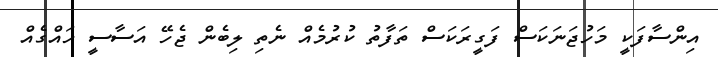
އިންސާފަކީ މަހުޖަނަކަސް ފަގީރަކަސް ތަފާތު ކުރުމެއް ނެތި ލިބެން ޖެހޭ އަސާސީ ހައްގެއް